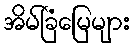
အိမ်ခြံမြေများ